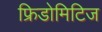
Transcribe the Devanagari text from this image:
फ्रिडोमिटिज